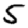
Digit: 5